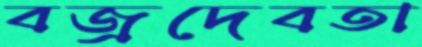
বজ্রদেবতা